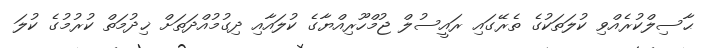
ޙާސިލްކުރެއްވި ކުލަތަކުގެ ތެރޭގައި ރައީސުލް ޖުމްހޫރިއްޔާގެ ކުލައާއި ދިގުމުއްދަތަށް ޚިދުމަތް ކުރުމުގެ ކުލަ